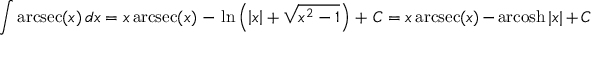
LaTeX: \int \operatorname { a r c s e c } ( x ) \, d x = x \operatorname { a r c s e c } ( x ) \, - \, \ln \left( \left| x \right| + { \sqrt { x ^ { 2 } - 1 } } \right) \, + \, C = x \operatorname { a r c s e c } ( x ) - \operatorname { a r c o s h } | x | + C